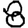
Digit: 8